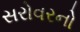
સરોવરનો